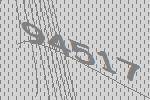
94517